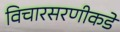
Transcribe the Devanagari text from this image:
विचारसरणीकडे